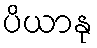
ပိယာနု